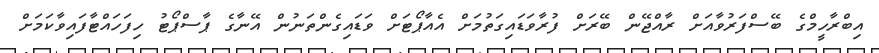
އިބްރާހީމްގެ ބޭސްފަރުވާއަށް ރާއްޖޭން ބޭރަށް ފުރާވަޑައިގަތުމަށް އެއާޕޯޓަށް ވަޑައިގެންތަނުން އޭނާގެ ޕާސްޕޯޓު ހިފަހައްޓާފައިވާކަމަށް